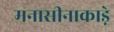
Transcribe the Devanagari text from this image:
मनासीनाकाड़े